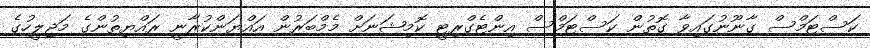
ކަސްޓަމްސް ގާނޫނުގައިވާ ގޮތުން ކަސްޓަމްސް އިންޓެގްރިޓީ ކޮމިޝަނަށް މެމްބަރުން އައްޔަންކުރާނީ ރައްޔިތުންގެ މަޖިލީހުގެ